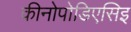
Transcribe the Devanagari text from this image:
कीनोपोडिएसिइ